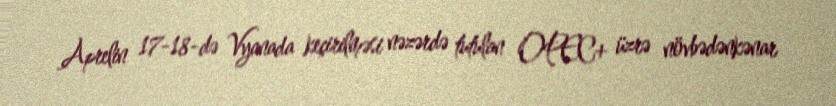
Aprelin 17-18-də Vyanada keçirilməsi nəzərdə tutulan OPEC+ üzrə növbədənkənar